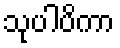
သုပါပိကာ